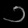
Digit: ၁